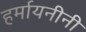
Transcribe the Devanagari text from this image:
हर्मायनीनी